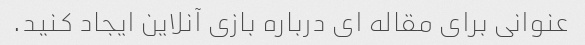
عنوانی برای مقاله ای درباره بازی آنلاین ایجاد کنید.